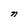
Character: n